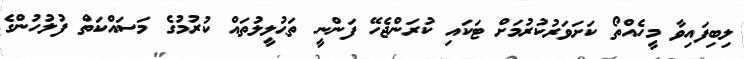
ލިބިފައިވާ މީހެއްތޯ ކަށަވަރުކުރުމަށް ޓަކައި ކުރަންޖެހޭ ފަންނީ ތަޙުލީލުތައް ކުރުމުގެ މަސައްކަތް ފުލުހުންގެ